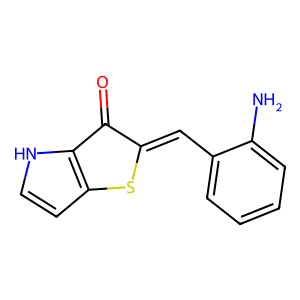
SMILES: Nc1ccccc1C=C1Sc2cc[nH]c2C1=O
Inhibits HIV replication: No